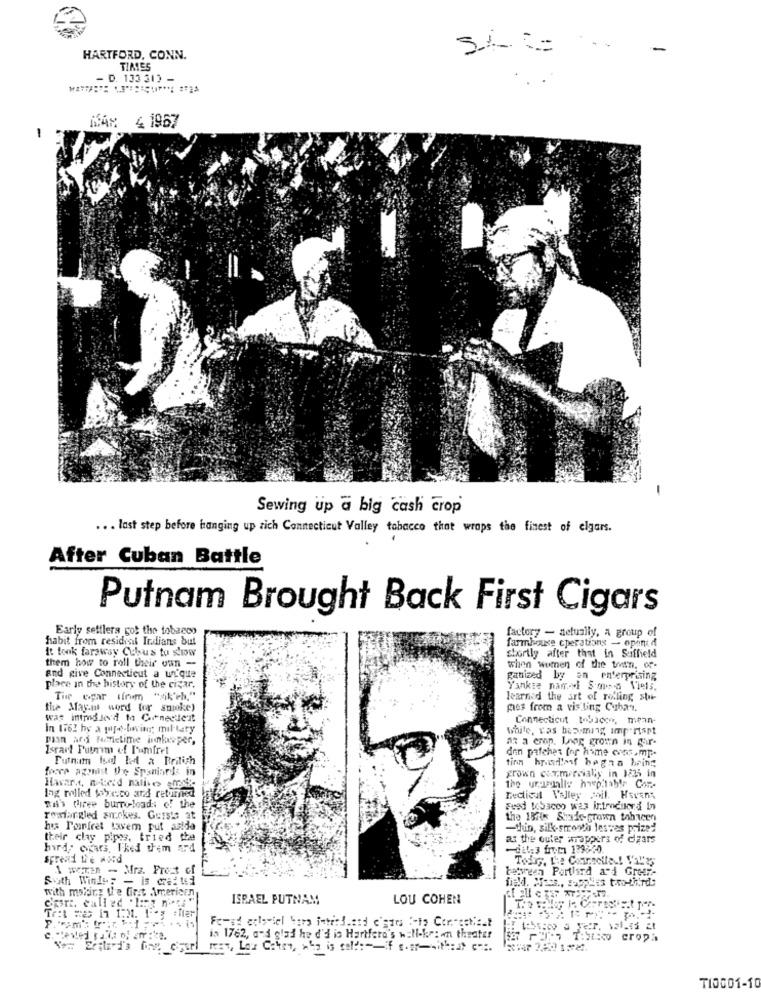
HARTFORD, CONN.
TIMES
- D. 133 31) -
MAX 4 1967
Sewing up a big cash crop
.. . last step before hanging up zich Connecticut Valley tobacco that wraps the finest of elgars.
After Cuban Battle
Putnam Brought Back First Cigars
Early settlers got the tobacco
habit from residual Indians but
farmhouse cperations - open d
factory - setually, a group of
It took faraway Cubus tu show
them how to roll their own -
shortly after that in Suffield
when women of the trvan. of-
and give Connecticut a un'que
ganized by an enterprising
place in the history of the cizar.
Yankee namyl Smog Viels.
Time epar (from "sik'eh,"
learned the art of rolling stue-
the May.a word for smoke)
mos from a vis ling Cuban.
was inmdlevd to Conecder
Connecticut tobacco, mean-
In 1762 by a pfe-loving; miltary
white, vas beaming importspt
plan ar Fumelime innlataper,
at a crop. Lang grown in gir-
Israr! Puum of Pumfret
den patches for hime cons.mp-
Futnum bed led a Brilich
tinn hradof hogna bring
focca agonist De Spaniards in
grown commercialy in 1225 in
the wrapyalis hwp.lable Cor ..
lag miled warreco ard returned
with firee burro loads of the
Fest tobacco was introduced In
rowfar gled smokes. Gersis at
the 1375 Strade- grown tabacen
his Porfret tavem put asida
-thin, silk-strootà leswes prized
their clay pipes, tried the
as the outer wrappers of czars
hard ogars, Fked them ard
dit:3 from 1398-20.
A weran - Mrz. Frest of
between Perthird and Greer-
South Wind: - is craf ted
with making the first American
ISRAEL PUTNAM
LOU COHEN
is 1762, and glad he d'd is Hartford's wali-kri an theater
RET, Los Cahier, who is cel !:-- if ser-mithat c ...
TI0001-10